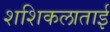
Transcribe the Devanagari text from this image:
शशिकलाताई